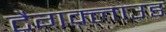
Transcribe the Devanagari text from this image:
टैगक्लाउड